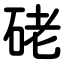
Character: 硓